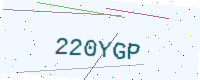
Text: 220YGP